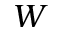
W